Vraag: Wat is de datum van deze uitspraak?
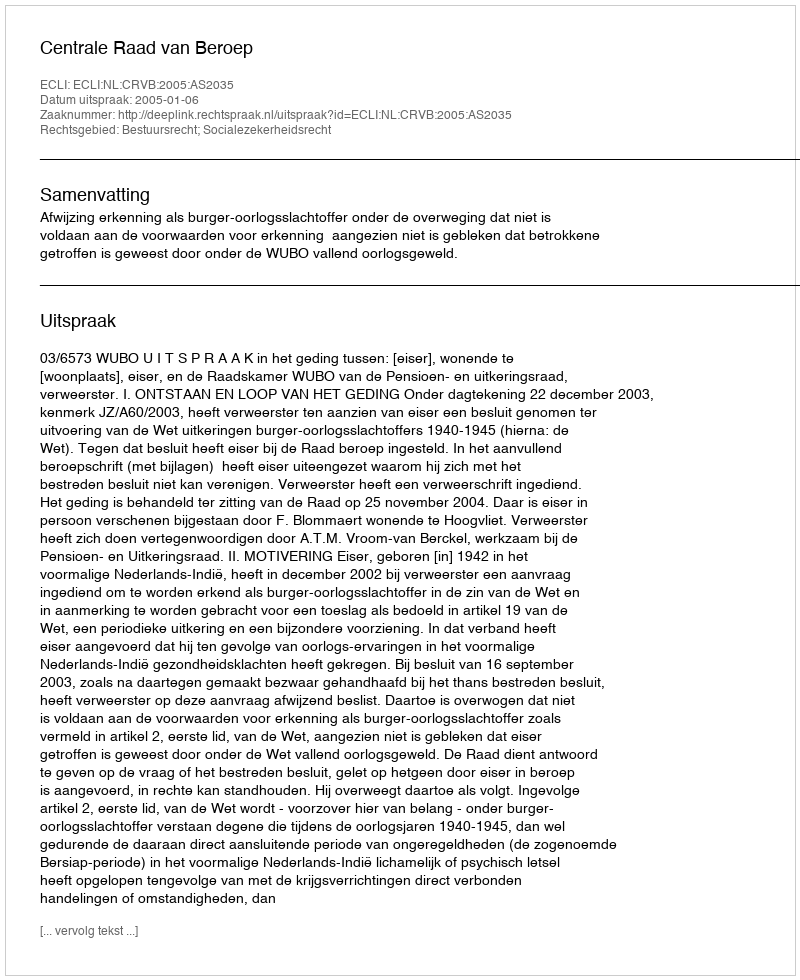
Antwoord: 2005-01-06